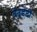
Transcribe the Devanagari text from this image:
बेनडेटी